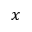
x